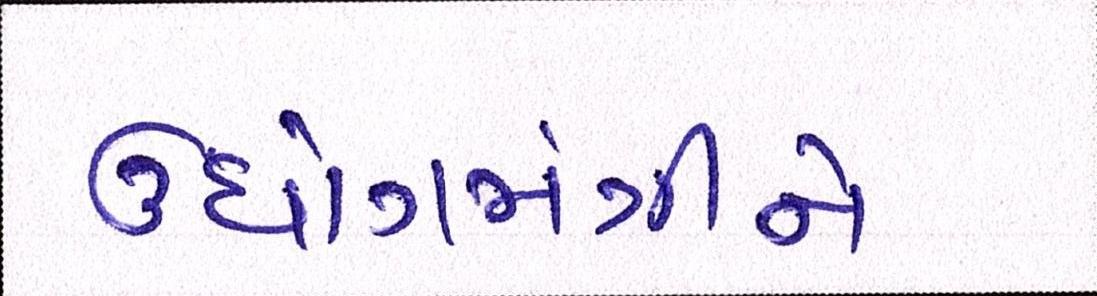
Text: ઉધોગમંત્રીને